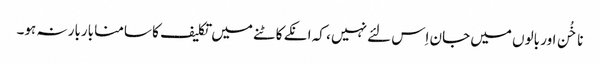
ناخُن اور بالوں میں جان اِس لئے نہیں ، کہ انکے کاٹنے میں تکلیف کا سامنا باربار نہ ہو۔